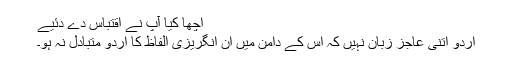
اچھا کیا آپ نے اقتباس دے دئیے
اردو اتنی عاجز زبان نہیں کہ اس کے دامن میں ان انگریزی الفاظ کا اردو متبادل نہ ہو۔